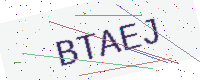
Text: BTAEJ